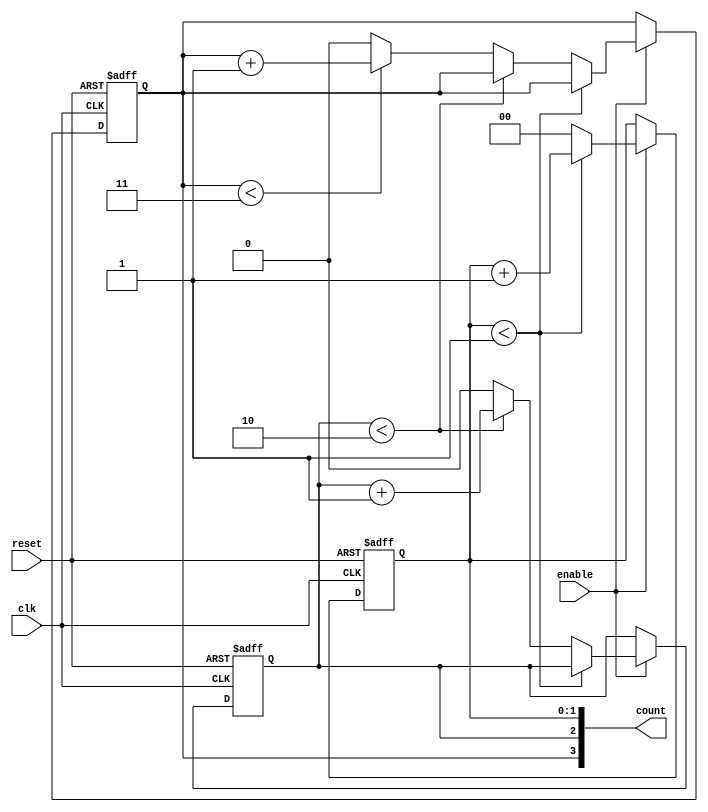
module mixed_radix_counter (
    input wire clk,       // Clock input
    input wire reset,     // Asynchronous reset
    input wire enable,    // Enable signal
    output reg [3:0] count // Output count (size can be adjusted based on max value)
);

    // Radix configuration for each digit
    localparam RADIX_1 = 2; // Base 2 (0 to 1)
    localparam RADIX_2 = 3; // Base 3 (0 to 2)
    localparam RADIX_3 = 4; // Base 4 (0 to 3)

    // Counter registers for each digit
    reg [1:0] digit1; // 2 bits for base 2
    reg [1:1] digit2; // 1 bit for base 3
    reg [1:1] digit3; // 2 bits for base 4

    // Combined output count
    assign count = {digit3, digit2, digit1};

    always @(posedge clk or posedge reset) begin
        if (reset) begin
            // Reset all digits to zero
            digit1 <= 0;
            digit2 <= 0;
            digit3 <= 0;
        end else if (enable) begin
            // Counting logic
            if (digit1 < RADIX_1 - 1) begin
                digit1 <= digit1 + 1; // Increment digit1
            end else begin
                digit1 <= 0; // Reset digit1
                if (digit2 < RADIX_2 - 1) begin
                    digit2 <= digit2 + 1; // Increment digit2
                end else begin
                    digit2 <= 0; // Reset digit2
                    if (digit3 < RADIX_3 - 1) begin
                        digit3 <= digit3 + 1; // Increment digit3
                    end else begin
                        digit3 <= 0; // Reset digit3
                    end
                end
            end
        end
    end
endmodule